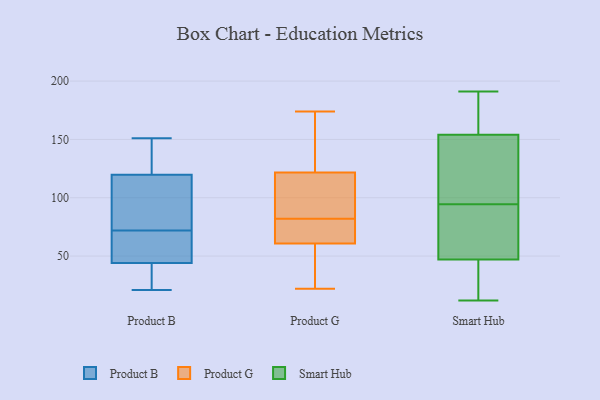
{"axis": {"x": "Demand Index", "y": "Value"}, "legend": ["Product B", "Product G", "Smart Hub"], "data": [{"x": "", "y": 125, "type": "Product B"}, {"x": "", "y": 72, "type": "Product B"}, {"x": "", "y": 135, "type": "Product B"}, {"x": "", "y": 78, "type": "Product B"}, {"x": "", "y": 86, "type": "Product B"}, {"x": "", "y": 71, "type": "Product B"}, {"x": "", "y": 62, "type": "Product B"}, {"x": "", "y": 144, "type": "Product B"}, {"x": "", "y": 21, "type": "Product B"}, {"x": "", "y": 151, "type": "Product B"}, {"x": "", "y": 65, "type": "Product B"}, {"x": "", "y": 71, "type": "Product B"}, {"x": "", "y": 38, "type": "Product B"}, {"x": "", "y": 104, "type": "Product B"}, {"x": "", "y": 145, "type": "Product B"}, {"x": "", "y": 29, "type": "Product B"}, {"x": "", "y": 89, "type": "Product B"}, {"x": "", "y": 30, "type": "Product B"}, {"x": "", "y": 25, "type": "Product B"}, {"x": "", "y": 57, "type": "Product G"}, {"x": "", "y": 82, "type": "Product G"}, {"x": "", "y": 174, "type": "Product G"}, {"x": "", "y": 70, "type": "Product G"}, {"x": "", "y": 33, "type": "Product G"}, {"x": "", "y": 118, "type": "Product G"}, {"x": "", "y": 133, "type": "Product G"}, {"x": "", "y": 22, "type": "Product G"}, {"x": "", "y": 62, "type": "Product G"}, {"x": "", "y": 68, "type": "Product G"}, {"x": "", "y": 83, "type": "Product G"}, {"x": "", "y": 164, "type": "Product G"}, {"x": "", "y": 82, "type": "Product G"}, {"x": "", "y": 186, "type": "Smart Hub"}, {"x": "", "y": 98, "type": "Smart Hub"}, {"x": "", "y": 123, "type": "Smart Hub"}, {"x": "", "y": 12, "type": "Smart Hub"}, {"x": "", "y": 103, "type": "Smart Hub"}, {"x": "", "y": 177, "type": "Smart Hub"}, {"x": "", "y": 91, "type": "Smart Hub"}, {"x": "", "y": 84, "type": "Smart Hub"}, {"x": "", "y": 187, "type": "Smart Hub"}, {"x": "", "y": 191, "type": "Smart Hub"}, {"x": "", "y": 56, "type": "Smart Hub"}, {"x": "", "y": 25, "type": "Smart Hub"}, {"x": "", "y": 16, "type": "Smart Hub"}, {"x": "", "y": 19, "type": "Smart Hub"}, {"x": "", "y": 103, "type": "Smart Hub"}, {"x": "", "y": 47, "type": "Smart Hub"}, {"x": "", "y": 89, "type": "Smart Hub"}, {"x": "", "y": 154, "type": "Smart Hub"}]}